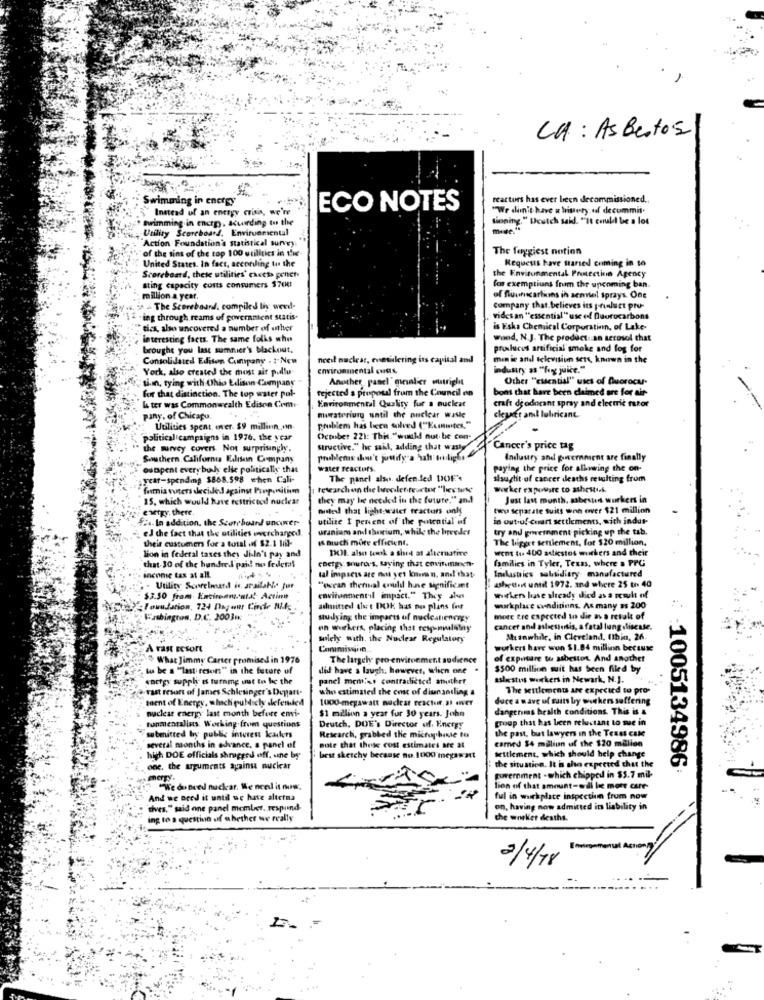
LA : Asbestos
Swimming in energy
reactors has ever been decommissioned.
Instead of an energy crisis, we'n
ECO NOTES
"We dimit have a history of decommii.
Swimming in encrp), Acuirding to the
tioning." Deutch said. "It could be a lot
Utility Scoreboard, Environmental
Action Foundation's statistical survey.
of the sins of the top 100 utilities in the-
The foggiest notion
United States. In fact, according to the
Requests have started coming in to
Scoreboard, thete utilities' chech penet
sting capacity cons consumers $700
the Environmental Protection Agency
fon exemptiuns frum the upcoming ban.
million a year.
of fluuncarliuns in semel sprays. One
The Scoreboard, compiled lis werd-
Company that believes its prisluct pro-
"ing through reams of government statis.
vides an "essential" use of Duorocarbons
tics, also uncovered a number of other
is Fiska Chemical Corporation, of Lake-
interesting facts. The same folks who
wand, N.J. The product .an aerosol that
brought you last samnier's blackout.
proluces artificial smoke and fog for
Consolidated Edison Company . :- New
nceil nuclear, enevidlering its capital and
men ie and televisium sett, known in the
York, also created the most air pullu-
environmental cutts,
industry as "fogg juice."
tinn, tying with Ohio Edison Company
Another panel" menler outright
Other "essential" uses of fluorocas-
for that distinction. The top water put-
rejected a proposal frum the Council en
bons that have been claimed are for air-
Environmental Quality fur a nuclear
craft deodorant spray and electric razor
la ter was Commonwealth Edison Com-
piny. of Chicapu
murateriun until the nuclear waste
cleuatt ant lubricant.
Utilities spent. ener. $9 millinn,on
problem has been solved (""Ecointes."
political campaigns in 1976. the year
October 221: This."wackd nut be con-
the survey covers Not surprisingly.
structive." he said, adding that wasty
Cancer's price tag
Southern California Edison Company
Industry and powernment are finally
outpent every bus elle politically that
water reactors
paying the price for allowing the on-
year-spending $868.598 when Cali-
The panel also. defended DOF'
sisughit of cancer deaths resulting from
formia voters decided against Proponitim
worker expovare to ashesti.k.
15, which would have restricted nuclear
they may be needed in the future." and!
Just last month. sabesten workers in
energy, there.
musted that light-water tractors only
two separate suits won over $21 million
$4. In addition, the Scoreboard uncower
utilize I pensent of the potential of
in outro! cuart settlements, with indus-
uranium and thorium, while the breeder
try and government picking up the tab.
eJ the fact that the utilities wwwverchanged.
& much more efficient.
The bigger settlement, for $20 million.
their customers for a total of $2.1 Hil-
DOL also took a shot at alternative
went tus 400 adlistos muckers and their
lion in federal taxes they didn't pay and
that-30 of the hundred paid! no federal
caergy. sources, saying that envinumnieen-
families in Tyler, Texas, where a PPG
income tax at all.
tal impacts are not yet kanun, andl'that
Industries subsidiary manufactured
- Utility Scorelmand is available for
"ocean thermal could hune significant
asheton until 1972. and where 25 ti. 40
$3.50 from. Encireanata! Actin
environmental impact." They shus
workers have already died as a result of
SIouudation, 724 Darum Code Bits
admitted det DOK has no plans for
workplace conditions. As many as 200
Washington, D.C. 2003m
studying the imparts of nucleanenergy
more tre expected to die av a retak of
on workers, placing that rewyumulatny
cancer and asbestenis, a fatal lung disease.
solely with. the Nuclear Regulatory
Meanwhile, in Cleveland, Ithin, 26.
A rast resort
workers have wun $1.84 million because
" What Jimmy Carter promised in 1976
The largely pro-environment audience
of exposure to asbestos. And another
to be a ""last resort" in the future uf
did have a laugh. however, when one
$500 million wuit has been filed by
energy supply is turnme uut to bic the
panel mem'as contradicted anuthet
asleestos workers in Newark, N.J.
avast resort of James Schlesinger's Dupart-
who estimated the cost of disansodling a
The settlement are expected to pro-
ment of Energy, which publicly defended
1000 megawatt nuclear reactor.at Ner
duce a wave of suits by workers suffering
nuclear energy last month before emi-
$1 million a year fur 30 years. John
dangenius health conditions. This is &
group that has been reluctant to sue in
tunmentalists. Working from questions
Deutch, DUE's Director of, Energy
the past, but lawyers in the Texes cale
submitted by public interest kaders
Research, grabbed the microphone to
carned $4 million uf the $20 million
several months in advance. s panel of
note that theje cost estimates are at
high DOE officials shrugged off. une by
best sketchy because no. 1000 megawatt
settlement, which should help change
one, the arguments against nuclear
the situation. It is sho expected that the
-1005134986
mergy.
tuvernment - which chipped in $5.7 mil-
"We do need nuckar. We need it now.
lien of that amount-will be more care-
And we Bred it until we hate alterna
ful in wurkplace inspection from now
dives," said one panel member, respund-
on, having now admitted its liability in
ing to a question of whether we really
the worker deaths.
2/4/78